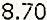
8.70